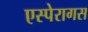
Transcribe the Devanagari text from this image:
एस्पेरागस